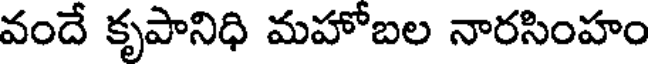
వందే కృపానిధి మహోబల నారసింహం